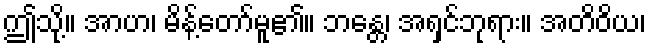
ဤသို့။ အာဟ၊ မိန့်တော်မူ၏။ ဘန္တေ၊ အရှင်ဘုရား။ အတိဝိယ၊